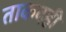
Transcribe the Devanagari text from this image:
ताकदही